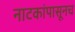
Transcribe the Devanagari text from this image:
नाटकांपासूनच